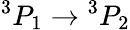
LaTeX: {}^{3}P_{1}\rightarrow{}^{3}P_{2}